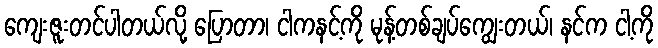
ကျေးဇူးတင်ပါတယ်လို့ ပြောတာ၊ ငါကနင့်ကို မုန့်တစ်ချပ်ကျွေးတယ်၊ နင်က ငါ့ကို